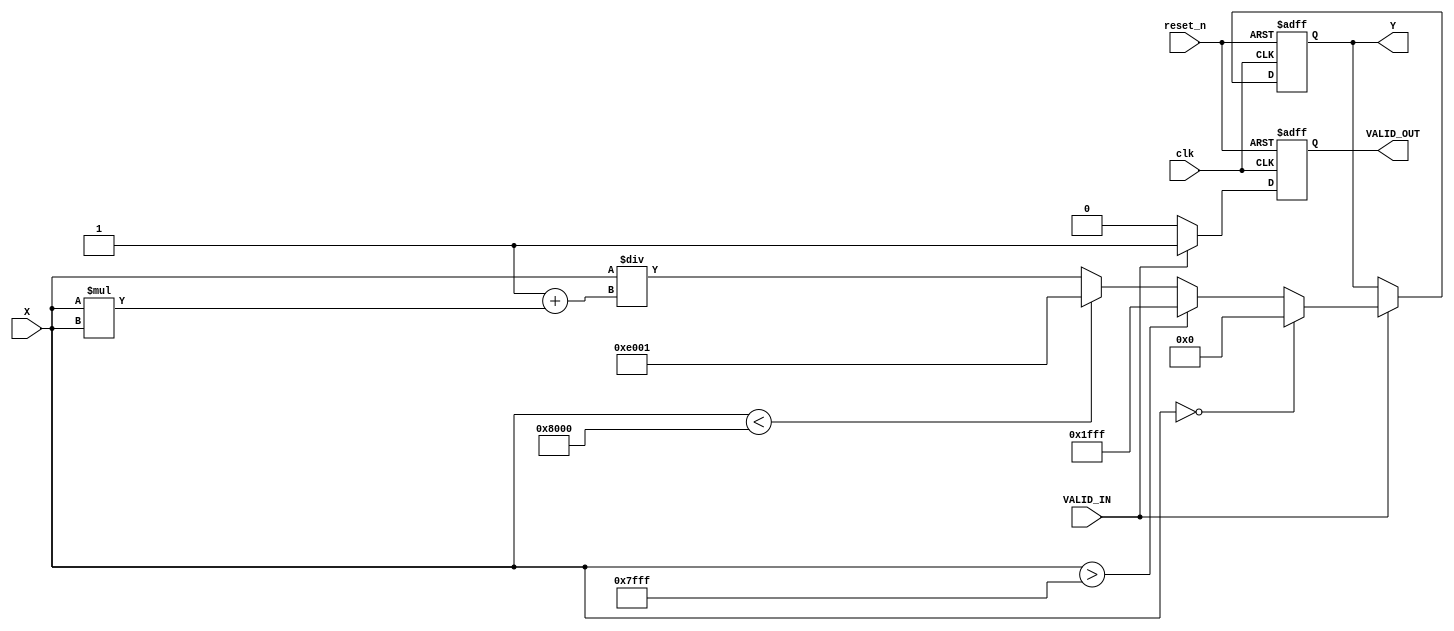
module atan_block (
    input wire clk,
    input wire reset_n,
    input wire [15:0] X,          // Input signal (signed 16-bit integer)
    input wire VALID_IN,          // Input valid signal
    output reg [15:0] Y,          // Output signal (signed 16-bit integer)
    output reg VALID_OUT          // Output valid signal
);

    // Constants for /2 in fixed-point representation (scaled)
    localparam PI_OVER_2 = 16'h1FFF; // Example value for /2 (in fixed-point representation)

    always @(posedge clk or negedge reset_n) begin
        if (!reset_n) begin
            Y <= 16'h0000;          // Reset output
            VALID_OUT <= 1'b0;      // Reset valid output
        end else begin
            if (VALID_IN) begin
                // Simple approximation of atan using a basic method
                if (X == 16'h0000) begin
                    Y <= 16'h0000;  // atan(0) = 0
                end else if (X > 16'h7FFF) begin
                    Y <= PI_OVER_2; // Positive infinity
                end else if (X < 16'h8000) begin
                    Y <= -PI_OVER_2; // Negative infinity
                end else begin
                    // Use a simple approximation (for demonstration)
                    // Here you could implement a more sophisticated method
                    // such as CORDIC, Taylor series, or a lookup table.
                    Y <= X / (16'h0001 + X * X); // Simple approximation
                end
                VALID_OUT <= 1'b1; // Set output valid signal
            end else begin
                VALID_OUT <= 1'b0; // Clear if input is not valid
            end
        end
    end

endmodule